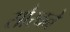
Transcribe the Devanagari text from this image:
सौरवने